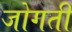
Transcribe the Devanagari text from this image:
जोगती